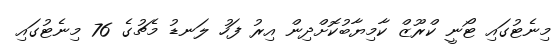
މިނެޓުގައި ޓޯނީ ކްރޫޒް ކާމިޔާބުކޮށްދިން އިރު ފަހު ލަނޑު މެޗުގެ 76 މިނެޓުގައި